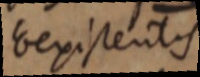
existentis